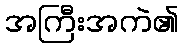
အကြီးအကဲ၏